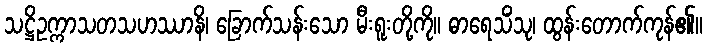
သဋ္ဌိဥက္ကာသတသဟဿာနိ၊ ခြောက်သန်းသော မီးရူးတို့ကို။ ဓာရေသိံသု၊ ထွန်းတောက်ကုန်၏။